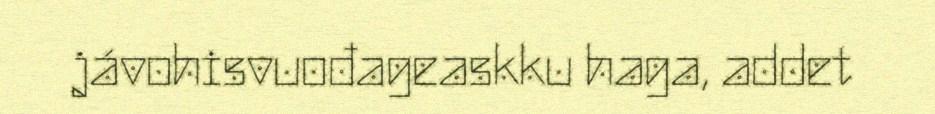
jávohisvuođageaskku haga, addet